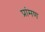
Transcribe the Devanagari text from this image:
प्रांमण